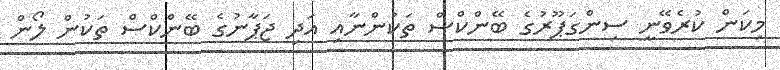
މިކަން ކުރެވޭނީ ސިންގަޕޫރުގެ ބޭންކްސް ތަކުންނާއި އަދި ޖަޕާނުގެ ބޭންކްސް ތަކުން ލޯން